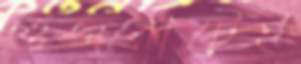
গুজরাটেই